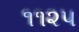
૧૧૨૫